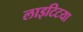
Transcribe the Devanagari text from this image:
लाइटिटया